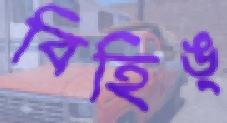
বিহিঙ্